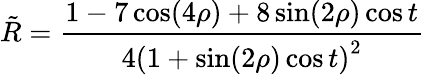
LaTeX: \tilde{R}=\frac{1-7\cos(4\rho)+8\sin(2\rho)\cos t}{4\left(1+\sin(2\rho)\cos t\right)^{2}}